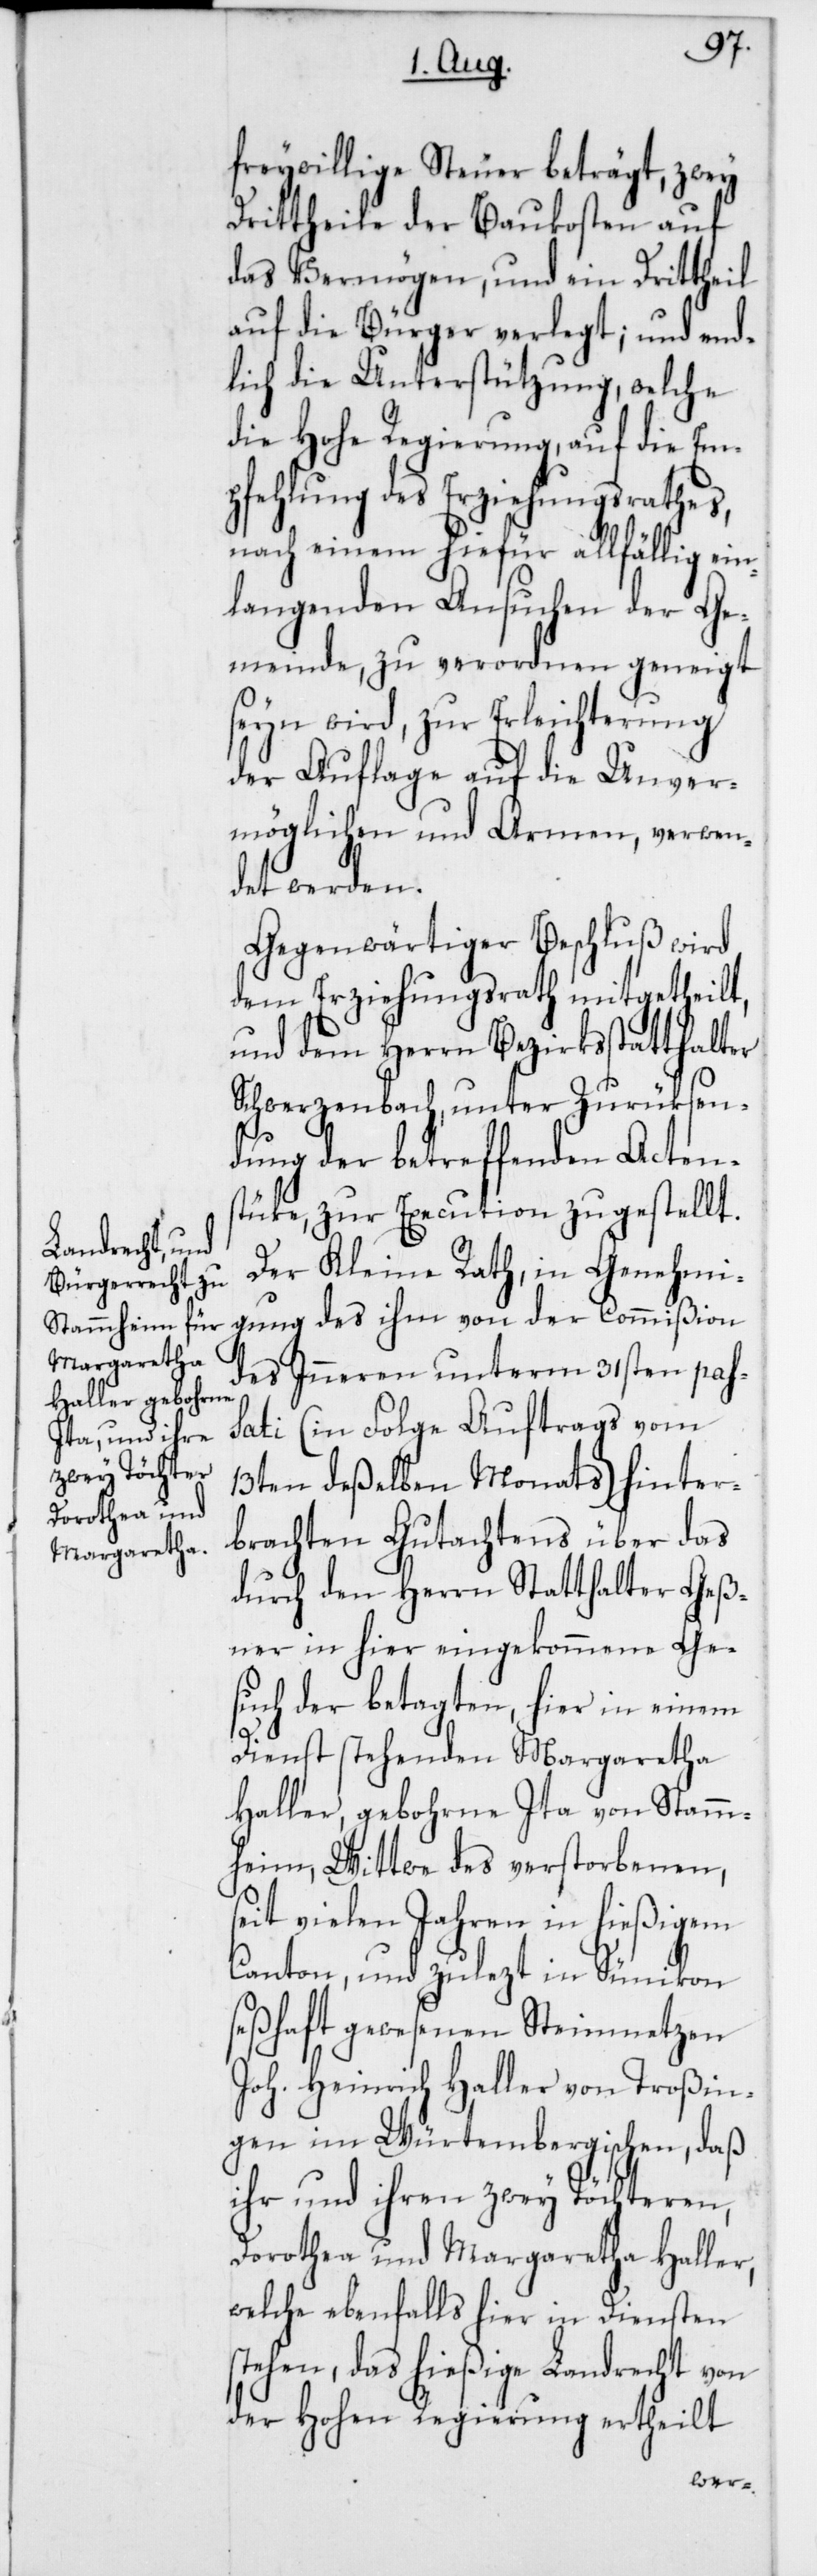
freywillige Steuer beträgt, zwey
Drittheile der Baukosten auf
das Vermögen, und ein Drittheil
auf die Bürger verlegt, und end¬
lich die Unterstützung, welche
die Hohe Regierung, auf die Em¬
pfehlung des Erziehungsrathes,
nach einem hiefür allfällig ei¬
nlangenden Ansuchen der Ge¬
meinde, zu verordnen geneigt
seyn wird, zur Erleichterung
der Auflage auf die Unver¬
möglichen und Armen, verwen¬
det werden.
Gegenwärtiger Beschluß wird
dem Erziehungsrath mitgetheilt,
und dem Herrn Bezirksstatthalter
Schwerzenbach, unter Zurüksen¬
dung der betreffenden Actens¬
tüke, zur Execution zugestellt.
Der Kleine Rath, in Genehmi¬
gung des ihm von der Commißion
des Inneren unterm 31sten pas¬
sati (in Folge Auftrags vom
13ten deßelben Monats) hinter¬
brachten Gutachtens über das
durch den Herrn Statthalter Geß¬
ner in hier eingekommene Ge¬
such der betagten, hier in einem
Dienst stehenden Margaretha
Haller, gebohrne Ita von Stamm¬
heim, Wittwe des verstorbenen,
seit vielen Jahren in hießigem
Canton, und zulezt in Sünikon
seßhaft gewesenen Steinmetzen
Joh. Heinrich Haller von Troßin¬
gen im Würtembergischen, daß
ihr und ihren zwey Töchteren,
Dorothea und Margaretha Haller,
welche ebenfalls hier in Diensten
stehen, das hießige Landrecht von
der hohen Regierung ertheilt